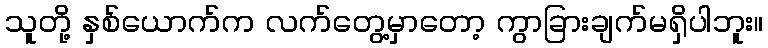
သူတို့ နှစ်ယောက်က လက်တွေ့မှာတော့ ကွာခြားချက်မရှိပါဘူး။